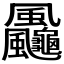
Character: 𩙠